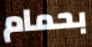
بحمام